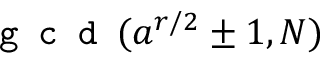
\texttt { g c d } ( a ^ { r / 2 } \pm 1 , N )